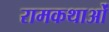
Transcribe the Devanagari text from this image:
रामकथाओं